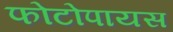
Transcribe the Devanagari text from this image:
फोटोपायस